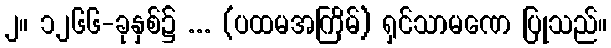
၂။ ၁၂၆၆-ခုနှစ်၌ ... (ပထမအကြိမ်) ရှင်သာမဏေ ပြုသည်။